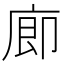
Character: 𪪗